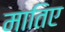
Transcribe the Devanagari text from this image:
मातिए